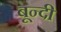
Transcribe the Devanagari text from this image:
बून्‍दी